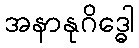
အနာနုဂိဒ္ဓေါ